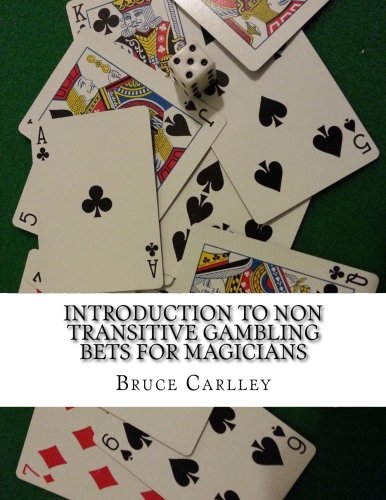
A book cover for Introduction to Non Transitive Gambling Bets for Magicians; Bruce Carlley; Science & Math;